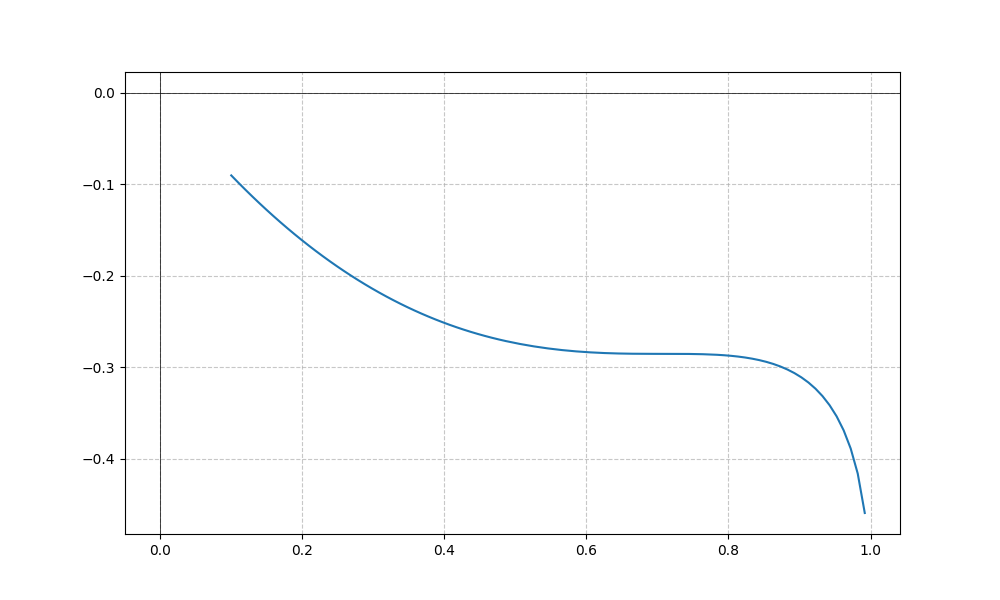
LaTeX formula: x^{2} - \operatorname{asin}{\left(x \right)}